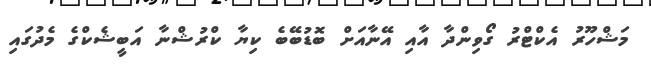
މަޝްހޫރު އެކްޓްރު ގޯވިންދާ އާއި އޭނާއަށް ބޮޑުބޭބެ ކިޔާ ކްރުޝްނާ އަބީޝެކްގެ މެދުގައި